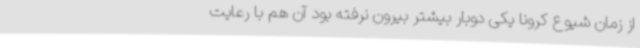
از زمان شیوع کرونا یکی دوبار بیشتر بیرون نرفته بود آن هم با رعایت